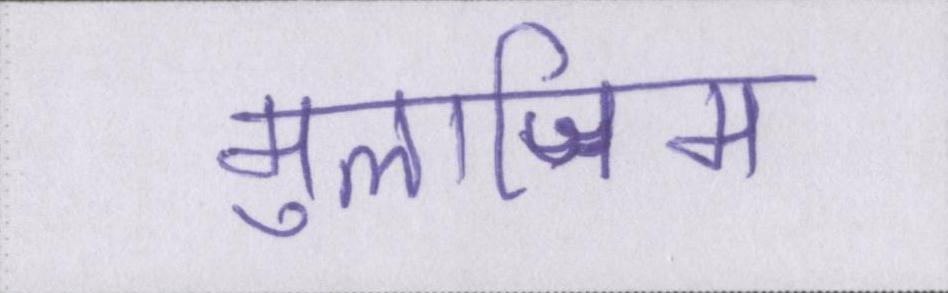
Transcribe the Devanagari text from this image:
मुलाजिम